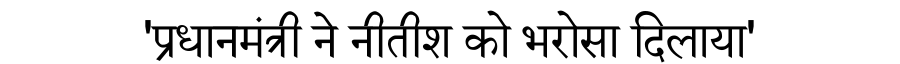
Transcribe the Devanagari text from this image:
'प्रधानमंत्री ने नीतीश को भरोसा दिलाया'